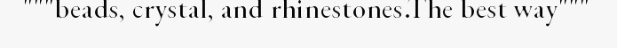
"""beads, crystal, and rhinestones.The best way"""